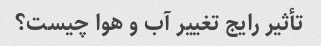
تأثیر رایج تغییر آب و هوا چیست؟